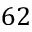
6 2